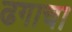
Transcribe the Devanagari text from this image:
ढगाचा